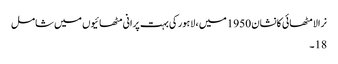
نرالا مٹھائی کانشان 1950 میں ، لاہور کی بہت پرانی مٹھائیوں میں شامل
18۔